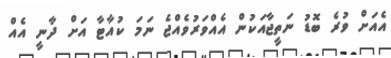
އެއަށް ވުރެ ބޮޑު ނަތީޖާއަކުން އެއްވަރުވެއްޖެ ނަމަ ކުއާޓާ އަށް ދާނީ އެއް